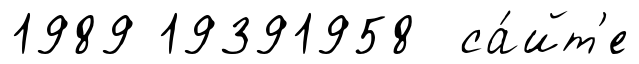
1989 19391958 са́йт'е